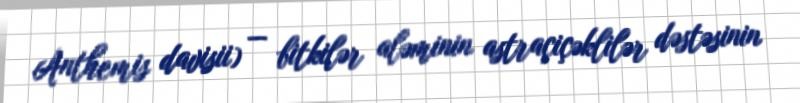
Anthemis davisii) — bitkilər aləminin astraçiçəklilər dəstəsinin